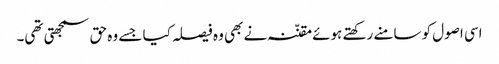
اسی اصول کو سامنے رکھتے ہوئے مقنّنہ نے بھی وہ فیصلہ کیا جسے وہ حق سمجھتی تھی۔